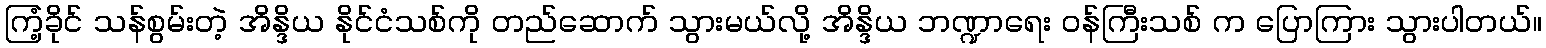
ကြံ့ခိုင် သန်စွမ်းတဲ့ အိန္ဒိယ နိုင်ငံသစ်ကို တည်ဆောက် သွားမယ်လို့ အိန္ဒိယ ဘဏ္ဍာရေး ဝန်ကြီးသစ် က ပြောကြား သွားပါတယ်။